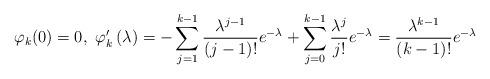
LaTeX: \begin{align*}\ \varphi_k(0)=0,\ \varphi_k'\left(\lambda\right)=-\sum_{j=1}^{k-1}\frac{\lambda^{j-1}}{(j-1)!}e^{-\lambda}+\sum_{j=0}^{k-1}\frac{\lambda^j}{j!}e^{-\lambda}=\frac{\lambda^{k-1}}{(k-1)!}e^{-\lambda}\end{align*}